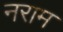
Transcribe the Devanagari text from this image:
नराम